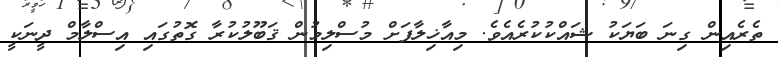
ތެރެއިން ގިނަ ބަޔަކު ޝައްކުކުރެއެވެ. މިއާޚިލާފަށް މުސްލިމުން ޤަބޫލުކުރާ ގޮތުގައި އިސްލާމް ދީނަކީ